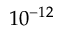
1 0 ^ { - 1 2 }